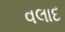
વલાદ